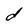
Character: d